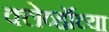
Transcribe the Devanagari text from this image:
क्लेर्व्हॉच्या